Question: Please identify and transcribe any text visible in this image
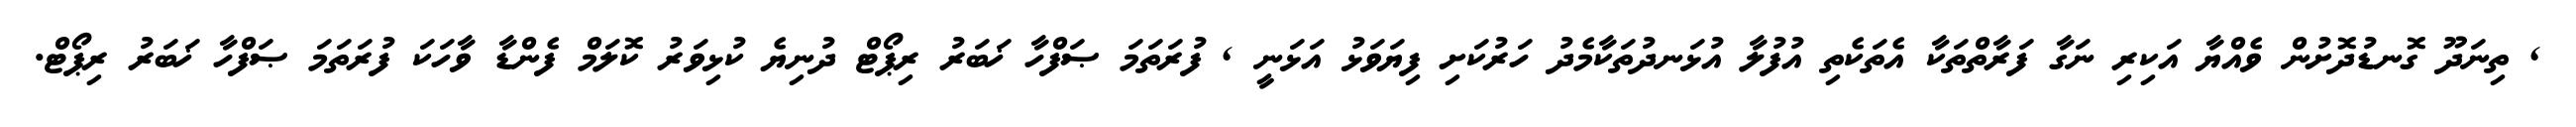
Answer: , ތިނަދޫ ގޮނޑުދޮށުން ވެއްޔާ އަކިރި ނަގާ ފަރާތްތަކާ އެތަކެތި އުފުލާ އުޅަނދުތަކާމެދު ހަރުކަށި ފިޔަވަޅު އަޅަނީ , ފުރަތަމަ ޞަފްހާ ޚަބަރު ރިޕޯޓް ދުނިޔެ ކުޅިވަރު ކޮލަމް ފެންޑާ ވާހަކަ ފުރަތަމަ ޞަފްހާ ޚަބަރު ރިޕޯޓް.